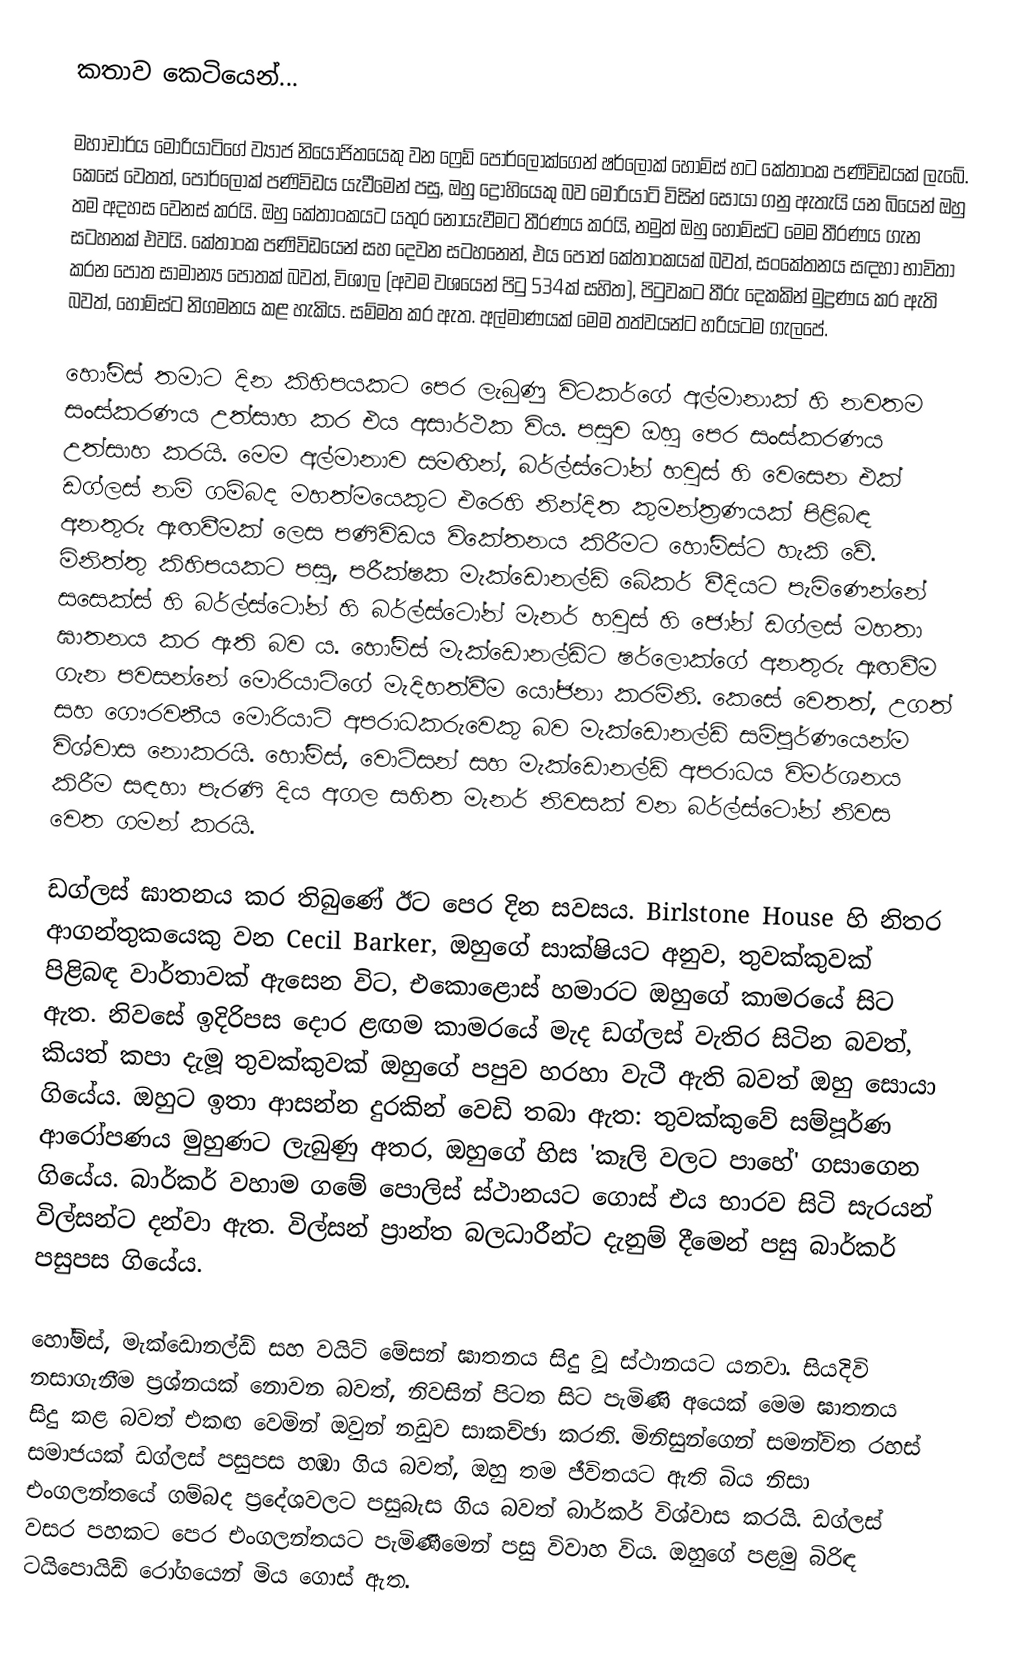
කතාව කෙටියෙන්...

මහාචාර්ය මොරියාටිගේ ව්‍යාජ නියෝජිතයෙකු වන ෆ්‍රෙඩ් පෝර්ලොක්ගෙන් ෂර්ලොක් හෝම්ස් හට කේතාංක පණිවිඩයක් ලැබේ. කෙසේ වෙතත්, පෝර්ලොක් පණිවිඩය යැවීමෙන් පසු, ඔහු ද්‍රෝහියෙකු බව මොරියාටි විසින් සොයා ගනු ඇතැයි යන බියෙන් ඔහු තම අදහස වෙනස් කරයි. ඔහු කේතාංකයට යතුර නොයැවීමට තීරණය කරයි, නමුත් ඔහු හෝම්ස්ට මෙම තීරණය ගැන සටහනක් එවයි. කේතාංක පණිවිඩයෙන් සහ දෙවන සටහනෙන්, එය පොත් කේතාංකයක් බවත්, සංකේතනය සඳහා භාවිතා කරන පොත සාමාන්‍ය පොතක් බවත්, විශාල (අවම වශයෙන් පිටු 534ක් සහිත), පිටුවකට තීරු දෙකකින් මුද්‍රණය කර ඇති බවත්, හෝම්ස්ට නිගමනය කළ හැකිය. සම්මත කර ඇත. අල්මාණයක් මෙම තත්වයන්ට හරියටම ගැලපේ.

හෝම්ස් තමාට දින කිහිපයකට පෙර ලැබුණු විටකර්ගේ අල්මානාක් හි නවතම සංස්කරණය උත්සාහ කර එය අසාර්ථක විය. පසුව ඔහු පෙර සංස්කරණය උත්සාහ කරයි. මෙම අල්මානාව සමඟින්, බර්ල්ස්ටෝන් හවුස් හි වෙසෙන එක් ඩග්ලස් නම් ගම්බද මහත්මයෙකුට එරෙහි නින්දිත කුමන්ත්‍රණයක් පිළිබඳ අනතුරු ඇඟවීමක් ලෙස පණිවිඩය විකේතනය කිරීමට හෝම්ස්ට හැකි වේ. මිනිත්තු කිහිපයකට පසු, පරීක්ෂක මැක්ඩොනල්ඩ් බේකර් වීදියට පැමිණෙන්නේ සසෙක්ස් හි බර්ල්ස්ටෝන් හි බර්ල්ස්ටෝන් මැනර් හවුස් හි ජෝන් ඩග්ලස් මහතා ඝාතනය කර ඇති බව ය. හෝම්ස් මැක්ඩොනල්ඩ්ට ෂර්ලොක්ගේ අනතුරු ඇඟවීම ගැන පවසන්නේ මොරියාටිගේ මැදිහත්වීම යෝජනා කරමිනි. කෙසේ වෙතත්, උගත් සහ ගෞරවනීය මොරියාටි අපරාධකරුවෙකු බව මැක්ඩොනල්ඩ් සම්පූර්ණයෙන්ම විශ්වාස නොකරයි. හෝම්ස්, වොට්සන් සහ මැක්ඩොනල්ඩ් අපරාධය විමර්ශනය කිරීම සඳහා පැරණි දිය අගල සහිත මැනර් නිවසක් වන බර්ල්ස්ටෝන් නිවස වෙත ගමන් කරයි.

ඩග්ලස් ඝාතනය කර තිබුණේ ඊට පෙර දින සවසය. Birlstone House හි නිතර ආගන්තුකයෙකු වන Cecil Barker, ඔහුගේ සාක්ෂියට අනුව, තුවක්කුවක් පිළිබඳ වාර්තාවක් ඇසෙන විට, එකොළොස් හමාරට ඔහුගේ කාමරයේ සිට ඇත. නිවසේ ඉදිරිපස දොර ළඟම කාමරයේ මැද ඩග්ලස් වැතිර සිටින බවත්, කියත් කපා දැමූ තුවක්කුවක් ඔහුගේ පපුව හරහා වැටී ඇති බවත් ඔහු සොයා ගියේය. ඔහුට ඉතා ආසන්න දුරකින් වෙඩි තබා ඇත: තුවක්කුවේ සම්පූර්ණ ආරෝපණය මුහුණට ලැබුණු අතර, ඔහුගේ හිස 'කෑලි වලට පාහේ' ගසාගෙන ගියේය. බාර්කර් වහාම ගමේ පොලිස් ස්ථානයට ගොස් එය භාරව සිටි සැරයන් විල්සන්ට දන්වා ඇත. විල්සන් ප්‍රාන්ත බලධාරීන්ට දැනුම් දීමෙන් පසු බාර්කර් පසුපස ගියේය.

හෝම්ස්, මැක්ඩොනල්ඩ් සහ වයිට් මේසන් ඝාතනය සිදු වූ ස්ථානයට යනවා. සියදිවි නසාගැනීම ප්‍රශ්නයක් නොවන බවත්, නිවසින් පිටත සිට පැමිණි අයෙක් මෙම ඝාතනය සිදු කළ බවත් එකඟ වෙමින් ඔවුන් නඩුව සාකච්ඡා කරති. මිනිසුන්ගෙන් සමන්විත රහස් සමාජයක් ඩග්ලස් පසුපස හඹා ගිය බවත්, ඔහු තම ජීවිතයට ඇති බිය නිසා එංගලන්තයේ ගම්බද ප්‍රදේශවලට පසුබැස ගිය බවත් බාර්කර් විශ්වාස කරයි. ඩග්ලස් වසර පහකට පෙර එංගලන්තයට පැමිණීමෙන් පසු විවාහ විය. ඔහුගේ පළමු බිරිඳ ටයිපොයිඩ් රෝගයෙන් මිය ගොස් ඇත.